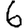
Digit: 6